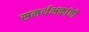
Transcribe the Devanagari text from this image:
समर्थभक्तांची